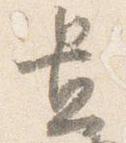
置